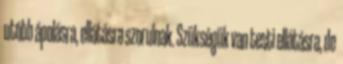
utóbb ápolásra, ellátásra szorulnak. Szükségük van testi ellátásra, de